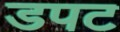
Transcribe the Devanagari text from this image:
डपट